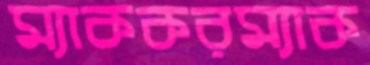
ম্যাককরম্যাক